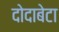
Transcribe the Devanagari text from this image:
दोदाबेटा